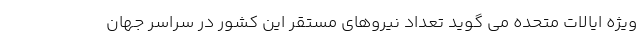
ویژه ایالات متحده می گوید تعداد نیروهای مستقر این کشور در سراسر جهان